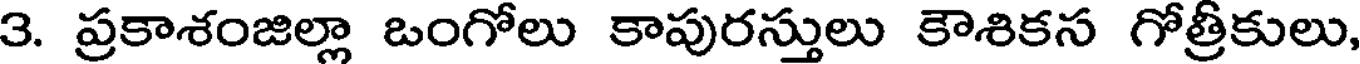
3. ప్రకాశంజిల్లా ఒంగోలు కాపురస్తులు కౌశికస గోత్రీకులు,